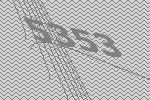
5353